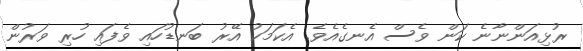
ރުޅިއަންނާނެ ކަން ވެސް އެނގެއެވެ. އެކަމަކު އޭރު ބަނޑުހައި ވެފައި ހުރި ވަރުން